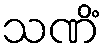
သဏိံ